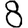
Digit: 8